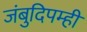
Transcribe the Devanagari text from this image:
जंबुदिपम्ही